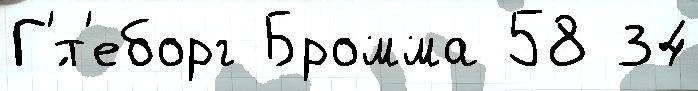
Г'́т'еборг Бромма 58 34